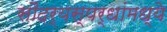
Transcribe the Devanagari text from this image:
सौंदर्यस्पर्धांमध्ये